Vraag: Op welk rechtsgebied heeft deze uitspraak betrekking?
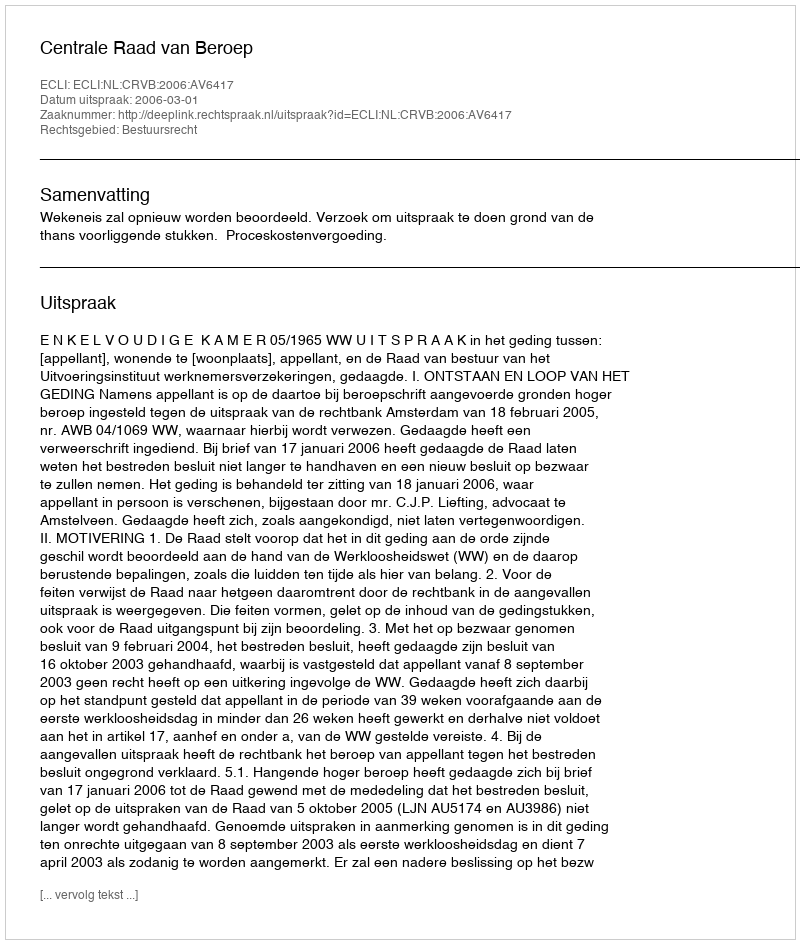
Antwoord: Bestuursrecht